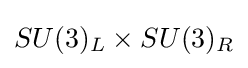
SU(3)_{L}\times SU(3)_{R}